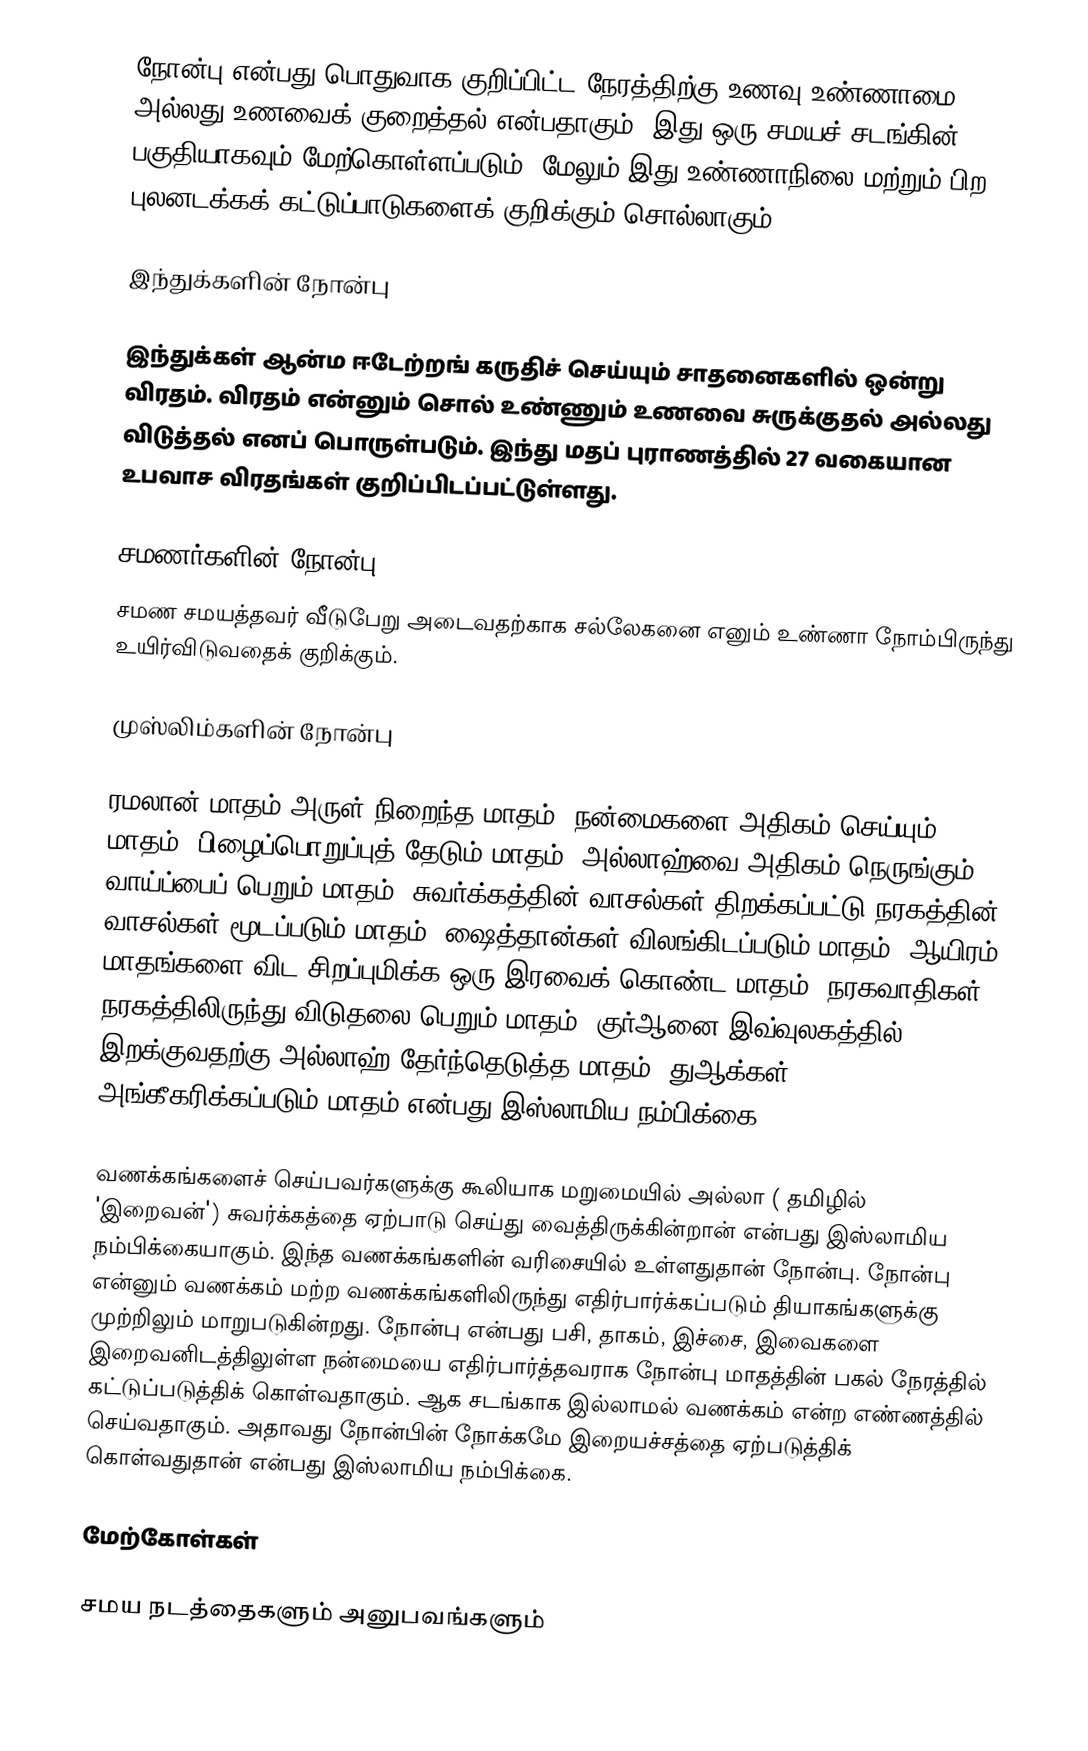
நோன்பு என்பது பொதுவாக குறிப்பிட்ட நேரத்திற்கு உணவு உண்ணாமை அல்லது உணவைக் குறைத்தல் என்பதாகும். இது ஒரு சமயச் சடங்கின் பகுதியாகவும் மேற்கொள்ளப்படும். மேலும் இது உண்ணாநிலை மற்றும் பிற புலனடக்கக் கட்டுப்பாடுகளைக் குறிக்கும் சொல்லாகும்.

இந்துக்களின் நோன்பு

இந்துக்கள் ஆன்ம ஈடேற்றங் கருதிச் செய்யும் சாதனைகளில் ஒன்று விரதம். விரதம் என்னும் சொல் உண்ணும் உணவை சுருக்குதல் அல்லது விடுத்தல் எனப் பொருள்படும். இந்து மதப் புராணத்தில் 27 வகையான உபவாச விரதங்கள் குறிப்பிடப்பட்டுள்ளது.

சமணர்களின் நோன்பு
சமண சமயத்தவர் வீடுபேறு அடைவதற்காக சல்லேகனை எனும் உண்ணா நோம்பிருந்து உயிர்விடுவதைக் குறிக்கும்.

முஸ்லிம்களின் நோன்பு

ரமலான் மாதம் அருள் நிறைந்த மாதம், நன்மைகளை அதிகம் செய்யும் மாதம், பிழைப்பொறுப்புத் தேடும் மாதம், அல்லாஹ்வை அதிகம் நெருங்கும் வாய்ப்பைப் பெறும் மாதம், சுவர்க்கத்தின் வாசல்கள் திறக்கப்பட்டு நரகத்தின் வாசல்கள் மூடப்படும் மாதம், ஷைத்தான்கள் விலங்கிடப்படும் மாதம், ஆயிரம் மாதங்களை விட சிறப்புமிக்க ஒரு இரவைக் கொண்ட மாதம், நரகவாதிகள் நரகத்திலிருந்து விடுதலை பெறும் மாதம், குர்ஆனை இவ்வுலகத்தில் இறக்குவதற்கு அல்லாஹ் தேர்ந்தெடுத்த மாதம், துஆக்கள் அங்கீகரிக்கப்படும் மாதம் என்பது இஸ்லாமிய நம்பிக்கை.

வணக்கங்களைச் செய்பவர்களுக்கு கூலியாக மறுமையில் அல்லா ( தமிழில் 'இறைவன்') சுவர்க்கத்தை ஏற்பாடு செய்து வைத்திருக்கின்றான் என்பது இஸ்லாமிய நம்பிக்கையாகும். இந்த வணக்கங்களின் வரிசையில் உள்ளதுதான் நோன்பு. நோன்பு என்னும் வணக்கம் மற்ற வணக்கங்களிலிருந்து எதிர்பார்க்கப்படும் தியாகங்களுக்கு முற்றிலும் மாறுபடுகின்றது. நோன்பு என்பது பசி, தாகம், இச்சை, இவைகளை இறைவனிடத்திலுள்ள நன்மையை எதிர்பார்த்தவராக நோன்பு மாதத்தின் பகல் நேரத்தில் கட்டுப்படுத்திக் கொள்வதாகும். ஆக சடங்காக இல்லாமல் வணக்கம் என்ற எண்ணத்தில் செய்வதாகும். அதாவது நோன்பின் நோக்கமே இறையச்சத்தை ஏற்படுத்திக் கொள்வதுதான் என்பது இஸ்லாமிய நம்பிக்கை.

மேற்கோள்கள்

சமய நடத்தைகளும் அனுபவங்களும்